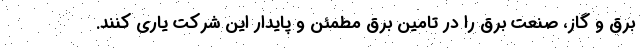
برق و گاز، صنعت برق را در تامین برق مطمئن و پایدار این شرکت یاری کنند.